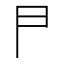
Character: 𠁣